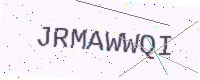
Text: JRMAWWQI